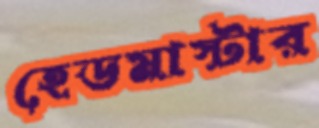
হেডমাস্টার